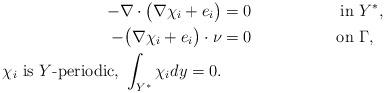
LaTeX: \begin{align*}- \nabla \cdot \big(\nabla \chi_i + e_i\big) &=0 &\mbox{ in }& Y^{\ast},\\-\big(\nabla \chi_i + e_i\big) \cdot \nu &= 0 &\mbox{ on }& \Gamma,\\\chi_i \mbox{ is } Y\mbox{-periodic, } \int_{Y^{\ast}} \chi_i dy = 0.\end{align*}